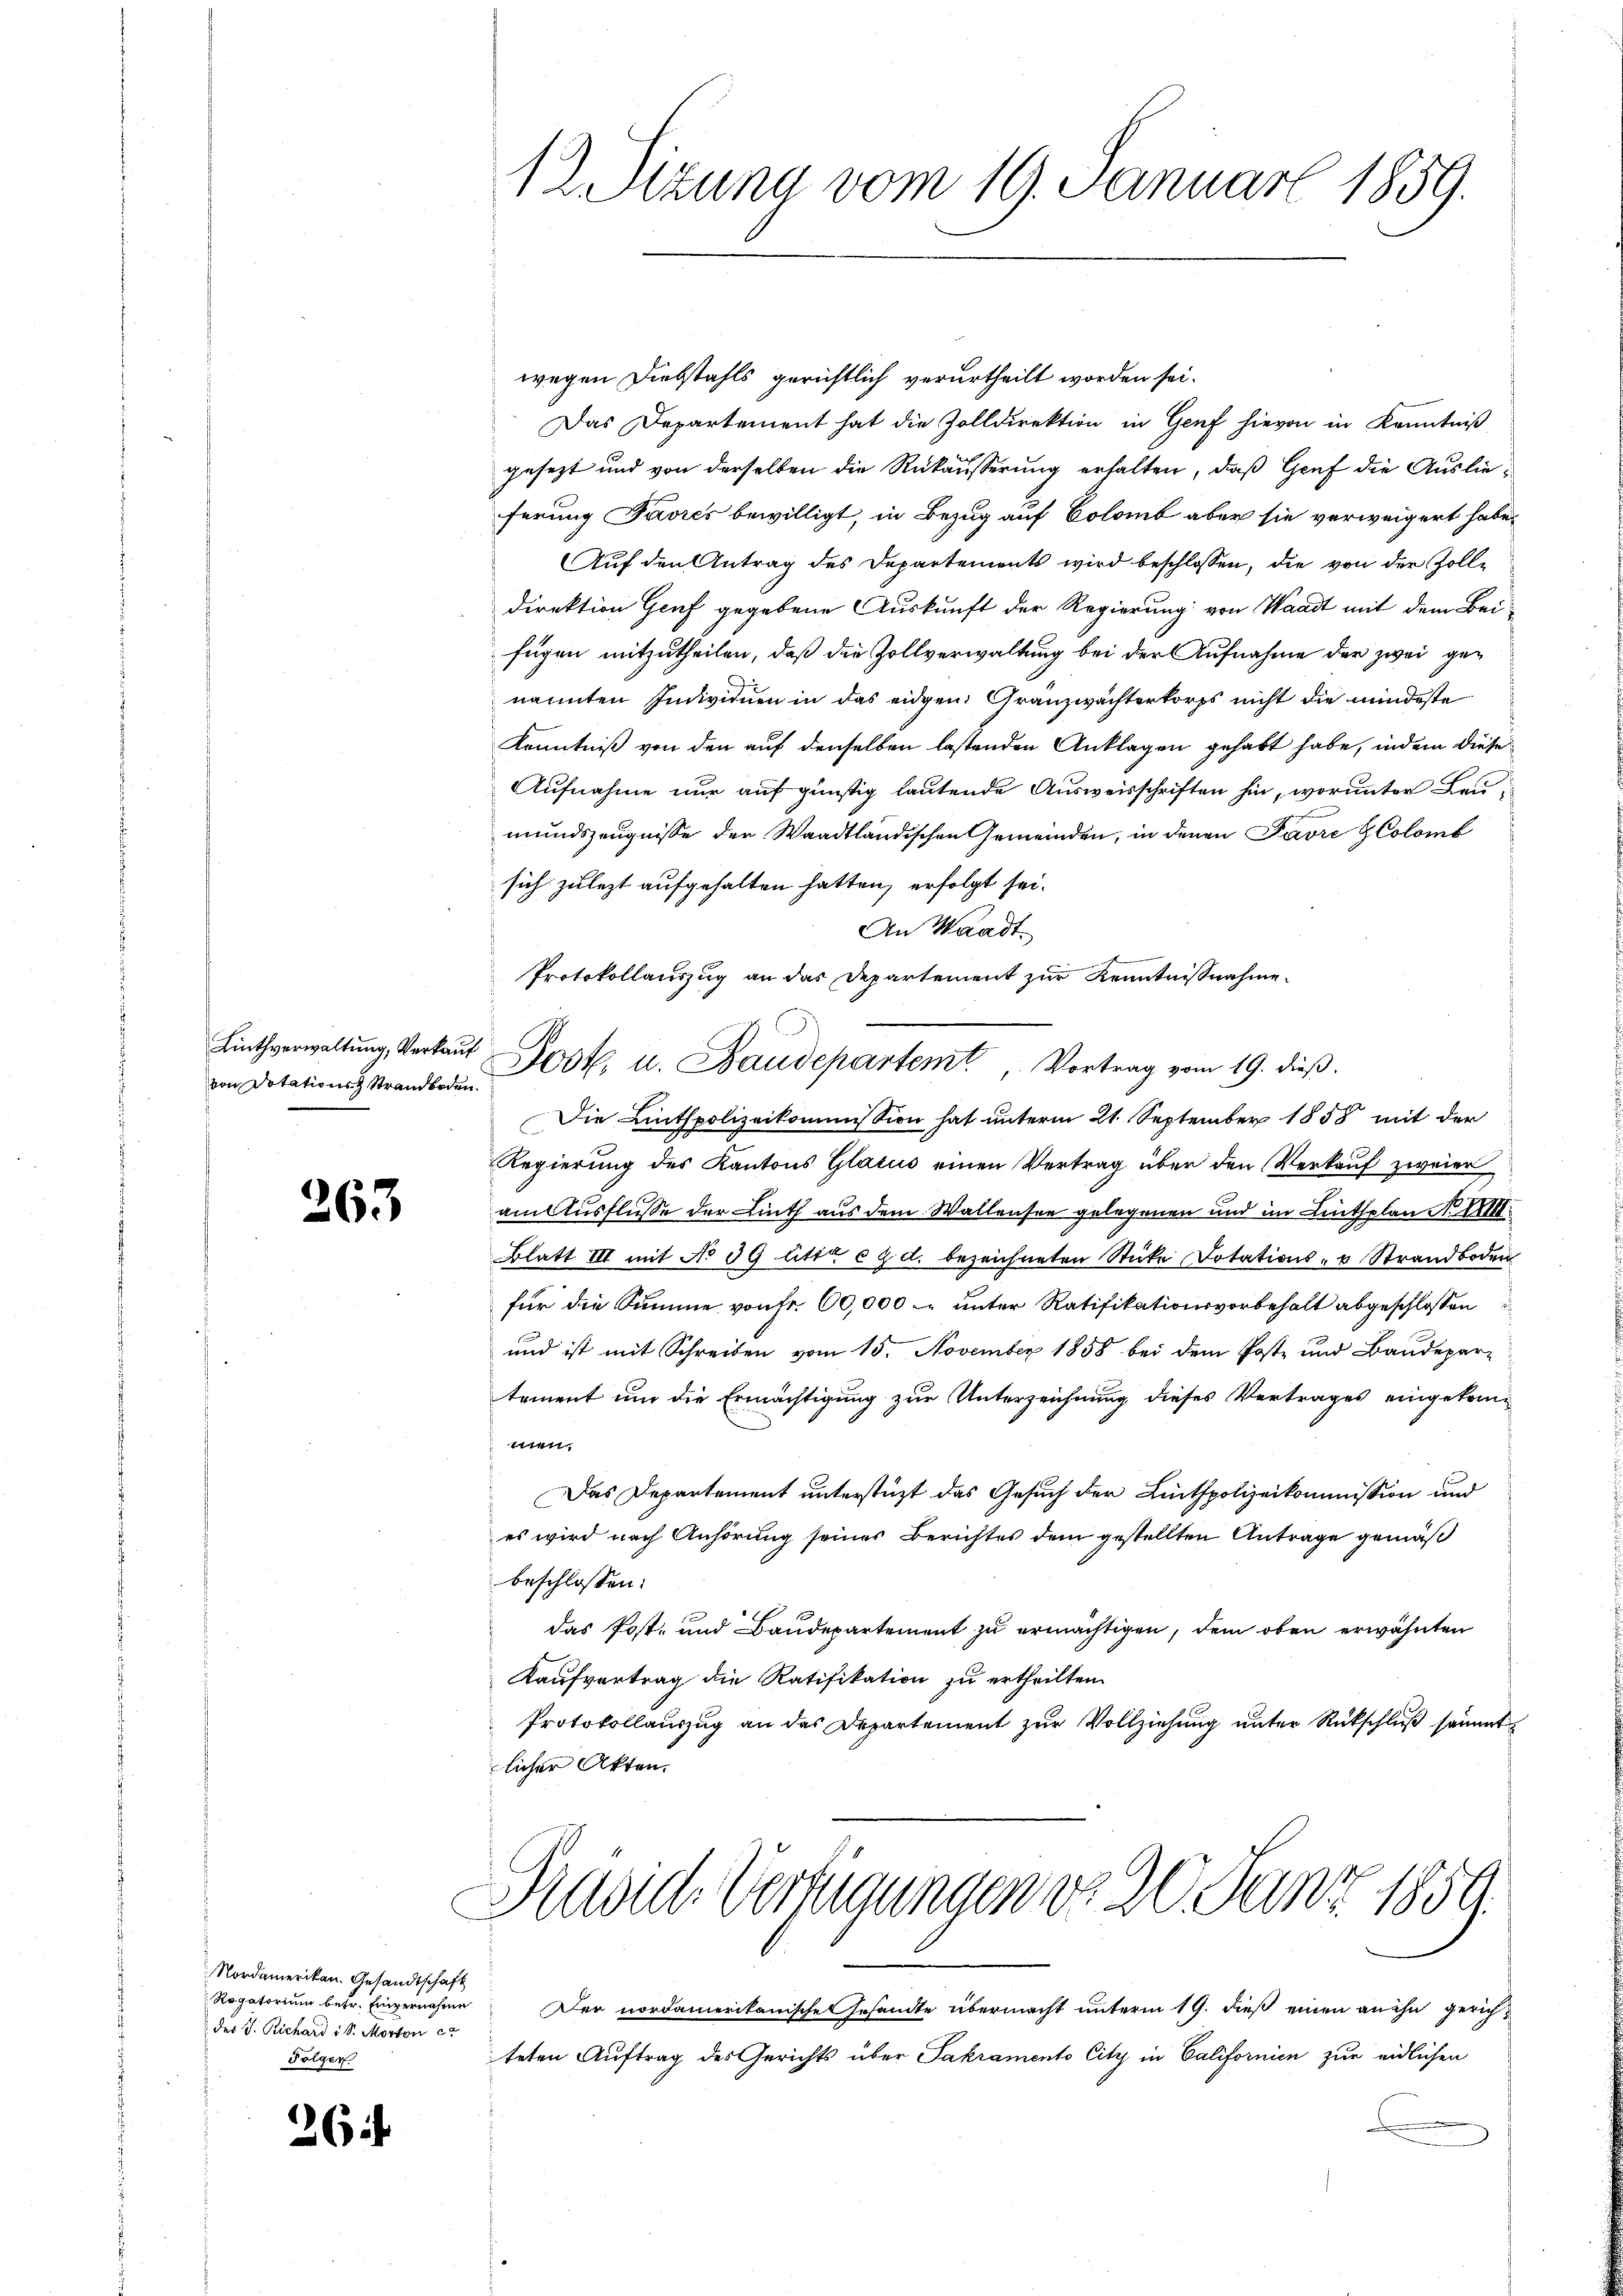
Linthverwaltung, Verkaŭf
von Dotations Strandboden.

263

Nordamerikan. Gesandtschaft
Rogatorium betr. Einvernahme
der J. Richard i S. Morton c
Folgen

26f

1 Letzung vom 19. Januar 1859.

wegen Diebstahls gerichtlich verurtheilt worden sei.
Das Departement hat die Zolldirektion in Genf hievon in Kenntniß
gesezt und von derselben die Rükäusserung erhalten, daß Graf die Auslieferung Favres bewilligt, in Bezug auf Colomb aber sie verweigert habe,
Auf den Antrag des Departements wird beschlossen, die von der Zolldirektion Genf gegebene Auskunft der Regierung von Waadt mit dem Bei-
fügen mitzutheilen, daß die Zollverwaltung bei der Aufnahme der zwei genannten Individuen in das eidgen: Granzwächterkorps nicht die mindeste
Kenntniß von den auf denselben lastenden Anklagen gehabt habe, indem diese
Aufnahme nur auf günstig lautende Ausweisschriften hin, worunter Leu
mundszeugnisse der Waadtländischen Gemeinden, in denen Favre Colomb
sich zulezt aufgehalten hatten, erfolgt sei.
An Waadt.
Protokollauszug an das Departement zur Kenntnißnahme.
Die Linthpolizeikommission hat unterm 21. September 1858 mit der
Regierung des Kantons Glarus einen Vertrag über den Verkauf zweier
amusflusse der Linth aus dem Wallensee gelegenen und im Lintsplan No XXIII.
Blatt III mit No 39 litta c 2. d. bezeichneten Sticke Dotations- u Strandboden
für die Summe von Fr. 60,000. unter Ratifikationsvorbehalt abgeschlossen
und ist mit Schreiben vom 15. November 1858 bei dem Poste und Baudepar-
tement um die Ermächtigung zur Unterzeichnung dieses Vertrages eingekomitt
Das Departement unterstüzt das Gesuch der Linthpolizeikommission und
es wird nach Anhörung seines Berichtes dem gestellten Antrage gemäß
beschlossen:
das Post- und Baudepartement zu ermächtigen, dem oben erwähnten
Kaufvertrag die Ratifikation zu ertheilten
Protokollauszug an das Departement zur Vollziehung unter Rückschluß sammt
licher Akten.

Jost, u. Baudepartemt Vortrag vom 19. dieß.

Der nordamerikanische Gesandte übermacht unterm 19. dieß einen an ihn gerichteten Auftrag des Gerichts über Jakramento City in Californien zur eidlichen

Dasul Verheinungen d. 20. Janz 1859.